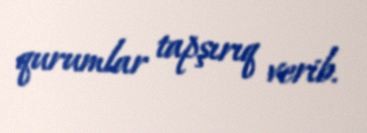
qurumlar tapşırıq verib.